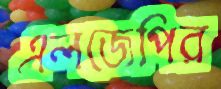
এলজেপির